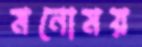
মনোময়